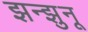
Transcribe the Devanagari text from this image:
झन्झुनू